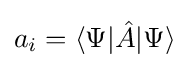
a_{i}=\langle \Psi |{\hat {A}}|\Psi \rangle